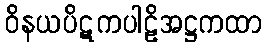
ဝိနယပိဋကပါဠိအဋ္ဌကထာ